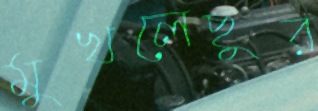
মুখলেছুর